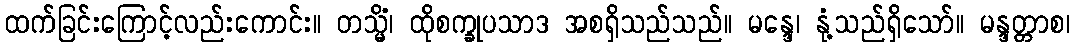
ထက်ခြင်းကြောင့်လည်းကောင်း။ တသ္မိံ၊ ထိုစက္ခုပသာဒ အစရှိသည်သည်။ မန္ဒေ၊ နုံ့သည်ရှိသော်။ မန္ဒတ္တာစ၊